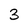
Character: 3